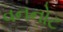
વનનોટ